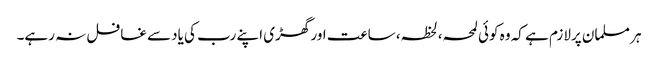
ہر مسلمان پرلازم ہے کہ وہ کوئی لمحہ،لحظہ، ساعت اور گھڑی اپنے رب کی یادسے غافل نہ رہے۔